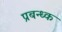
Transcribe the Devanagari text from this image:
प्रबन्ध्क